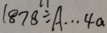
1 8 7 8 \div A \cdots 4 a